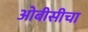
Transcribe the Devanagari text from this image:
ओबीसीचा